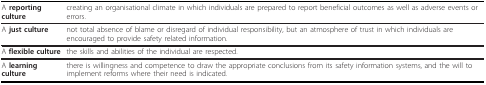
| A reporting culture | creating an organisational climate in which individuals are prepared to report beneficial outcomes as well as adverse events or errors. |
 | --- | --- |
 | A just culture | not total absence of blame or disregard of individual responsibility, but an atmosphere of trust in which individuals are encouraged to provide safety related information. |
 | A flexible culture | the skills and abilities of the individual are respected. |
 | A learning culture | there is willingness and competence to draw the appropriate conclusions from its safety information systems, and the will to implement reforms where their need is indicated. |